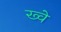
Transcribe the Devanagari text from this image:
ख्वे